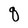
Character: q